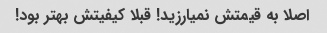
اصلا به قیمتش نمیارزید! قبلا کیفیتش بهتر بود!